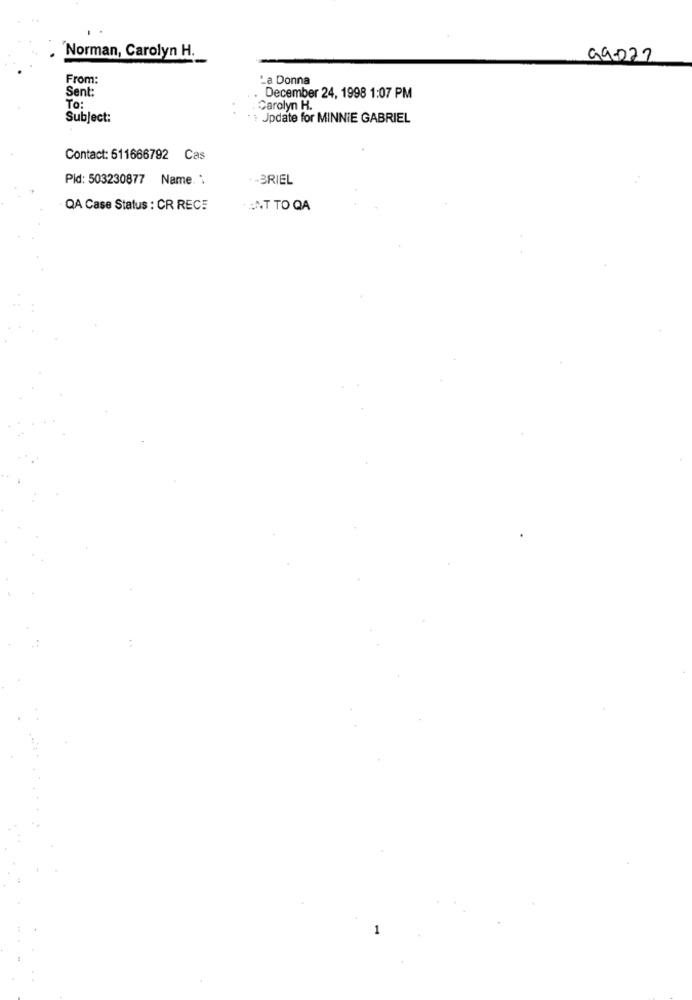
Norman, Carolyn H.
99-022
From:
La Donna
Sent:
December 24, 1998 1:07 PM
To:
. Carolyn H.
Subject:
Jpdate for MINNIE GABRIEL
Contact: 611666792 Cas
Pid: 503230877 Name. .
.- BRIEL
QA Case Status : CR RECE
WANT TO QA